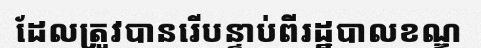
ដែលត្រូវបានរើបន្ទាប់ពីរដ្ឋបាលខណ្ឌ